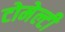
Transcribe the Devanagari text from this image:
टोमेल्टी